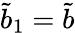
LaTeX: \tilde{b}_{1}=\tilde{b}